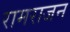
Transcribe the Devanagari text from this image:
रामराजन